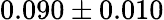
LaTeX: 0.090\pm 0.010